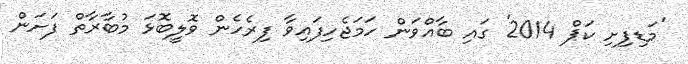
'މަޑިފިށި ކަޕް 2014' ގައި ބާއްވަން ހަމަޖެހިފައިވާ ފިރެހެން ވޮލީބޮޅަ މުބާރާތް ފަށަން